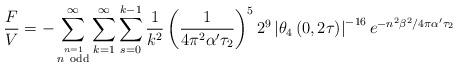
LaTeX: \begin{align*}\frac{F}{V}=-\sum_{\stackrel {n=1} {n ~\rm odd} }^\infty\sum_{k=1}^\infty\sum_{s=0}^{k-1}\frac{1}{k^2}\left( \frac{1}{4\pi^2\alpha'\tau_2}\right)^52^9 \left|\theta_4\left(0,2\tau\right)\right|^{-16}e^{-n^2\beta^2/4\pi\alpha'\tau_2}\end{align*}